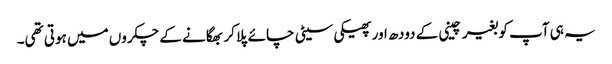
یہ ہی آپ کو بغیر چینی کے دودھ اور پھیکی سیٹی چائے پلا کر بھگانے کے چکروں میں ہوتی تھی۔